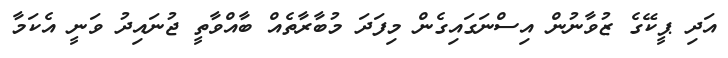
އަދި ޕީކޭގެ ޒުވާނުން އިސްނަގައިގެން މިފަދަ މުބާރާތެއް ބާއްވާތީ ޖުނައިދު ވަނީ އެކަމާ